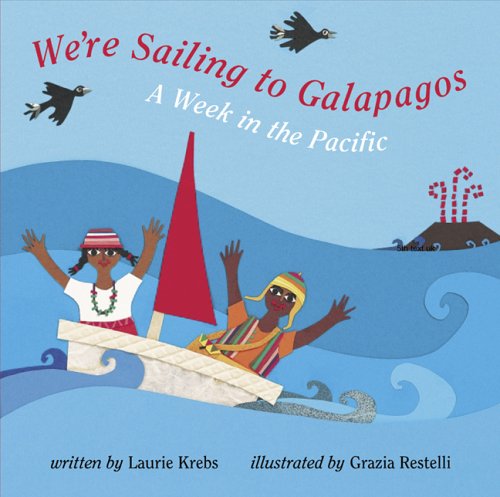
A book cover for We're Sailing To Galapagos (Travel the World); Laurie Krebs; Travel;